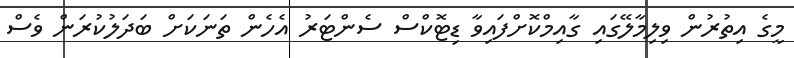
މީގެ އިތުރުން ވިލިމާލޭގައި ގާއިމްކޮށްފައިވާ ޑިޓޮކްސް ސެންޓަރު އެހެން ތަނަކަށް ބަދަލުކުރަން ވެސް